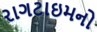
રાગટાઇમનો